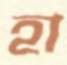
হা